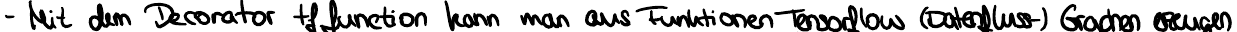
- Mit dem Decorator tf.function kann man aus Funktionen Tensorflow (Datenfluss-) Graphen erzeugen